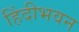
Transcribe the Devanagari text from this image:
हिंदीभवन